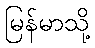
မြန်မာသို့